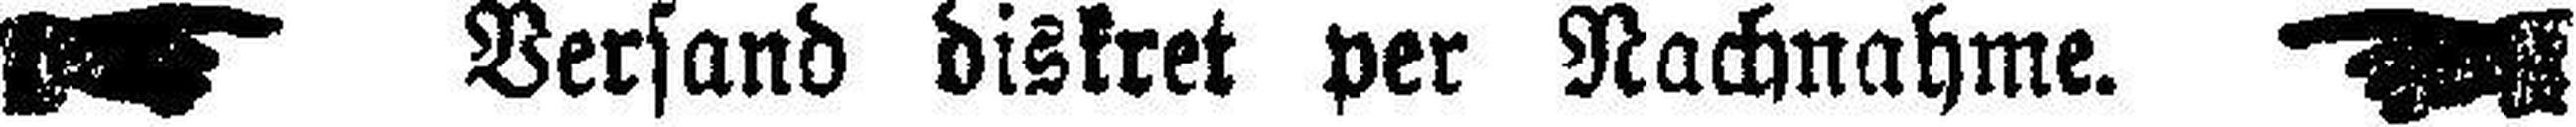
Versand diskret per Nachnahme.